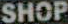
SHOP